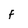
Character: F